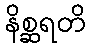
နိစ္ဆရတိ